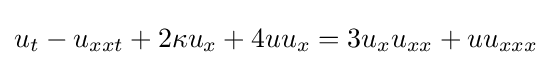
\displaystyle u_{t}-u_{xxt}+2\kappa u_{x}+4uu_{x}=3u_{x}u_{xx}+uu_{xxx}